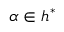
\alpha \in { \mathfrak { h } } ^ { * }